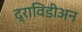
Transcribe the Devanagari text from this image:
द्राविडीअन